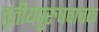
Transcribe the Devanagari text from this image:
तृतीयपुरुषवाचक